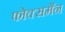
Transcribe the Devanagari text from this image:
फोक्समैन